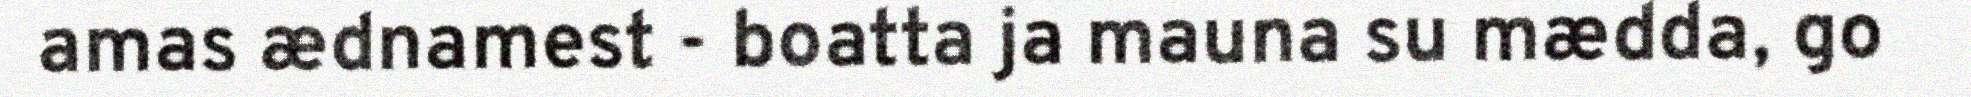
amas ædnamest - boatta ja mauna su mædda, go